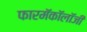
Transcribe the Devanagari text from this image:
फारमॅकॉलॉजी